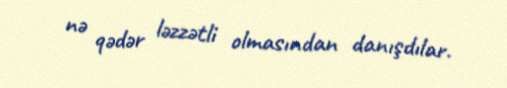
nə qədər ləzzətli olmasından danışdılar.